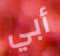
أبي